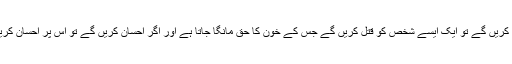
" اس نے جواب دیا: اگر آپ قتل کریں گے تو ایک ایسے شخص کو قتل کریں گے جس کے خون کا حق مانگا جاتا ہے اور اگر احسان کریں گے تو اس پر احسان کریں گے جو شکر کرنے والا ہے۔